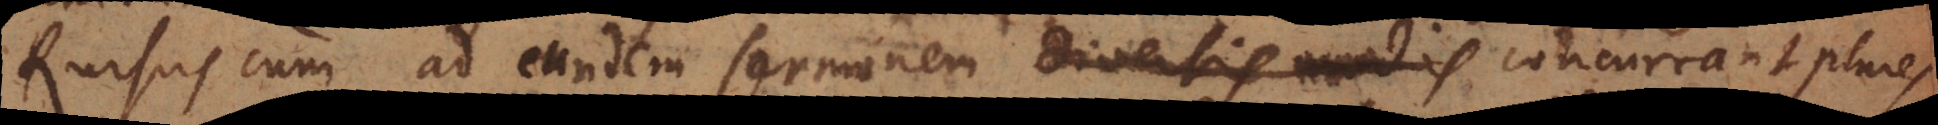
Rursus cum ad eundem sermonem diversis modis concurrant plures